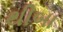
થીબા